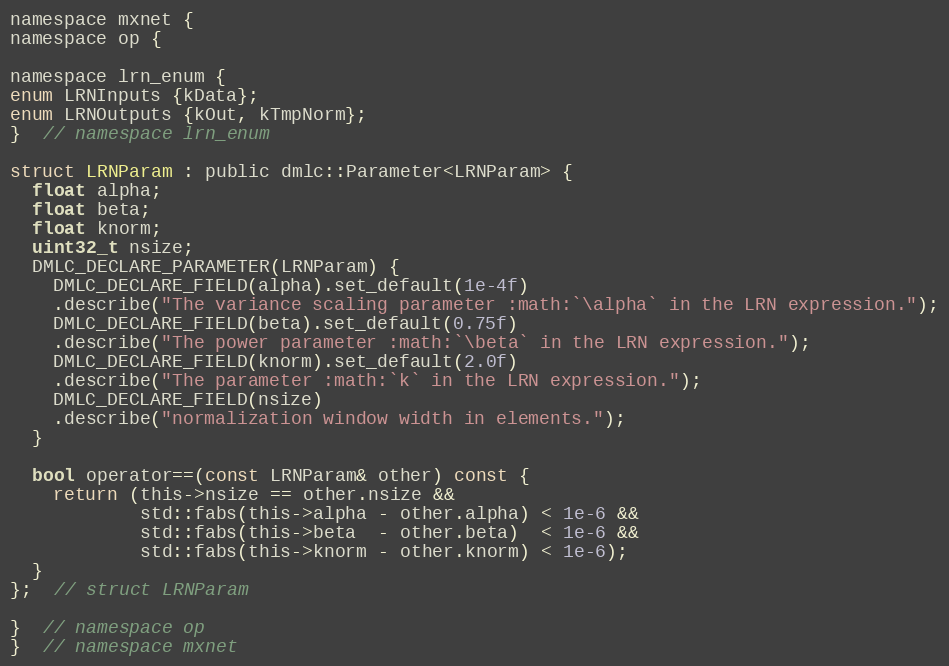
Language: C
namespace mxnet {
namespace op {

namespace lrn_enum {
enum LRNInputs {kData};
enum LRNOutputs {kOut, kTmpNorm};
}  // namespace lrn_enum

struct LRNParam : public dmlc::Parameter<LRNParam> {
  float alpha;
  float beta;
  float knorm;
  uint32_t nsize;
  DMLC_DECLARE_PARAMETER(LRNParam) {
    DMLC_DECLARE_FIELD(alpha).set_default(1e-4f)
    .describe("The variance scaling parameter :math:`\alpha` in the LRN expression.");
    DMLC_DECLARE_FIELD(beta).set_default(0.75f)
    .describe("The power parameter :math:`\beta` in the LRN expression.");
    DMLC_DECLARE_FIELD(knorm).set_default(2.0f)
    .describe("The parameter :math:`k` in the LRN expression.");
    DMLC_DECLARE_FIELD(nsize)
    .describe("normalization window width in elements.");
  }

  bool operator==(const LRNParam& other) const {
    return (this->nsize == other.nsize &&
            std::fabs(this->alpha - other.alpha) < 1e-6 &&
            std::fabs(this->beta  - other.beta)  < 1e-6 &&
            std::fabs(this->knorm - other.knorm) < 1e-6);
  }
};  // struct LRNParam

}  // namespace op
}  // namespace mxnet